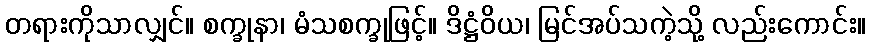
တရားကိုသာလျှင်။ စက္ခုနာ၊ မံသစက္ခုဖြင့်။ ဒိဋ္ဌံဝိယ၊ မြင်အပ်သကဲ့သို့ လည်းကောင်း။